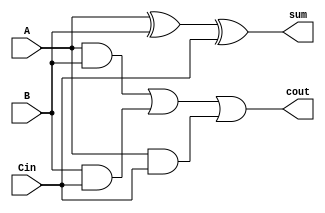
module fa(sum,cout,A,B,Cin);
  output sum,cout;
  input  A,B,Cin;
  
  wire sum,cout;
  wire t1,t2,t3;
  
  xor G1 (sum,A,B,Cin);
  and G2 (t1,A,B);
  and G3 (t2,B,Cin);
  and G4 (t3,A,Cin);
  or  G5 (cout,t1,t2,t3);
  
endmodule